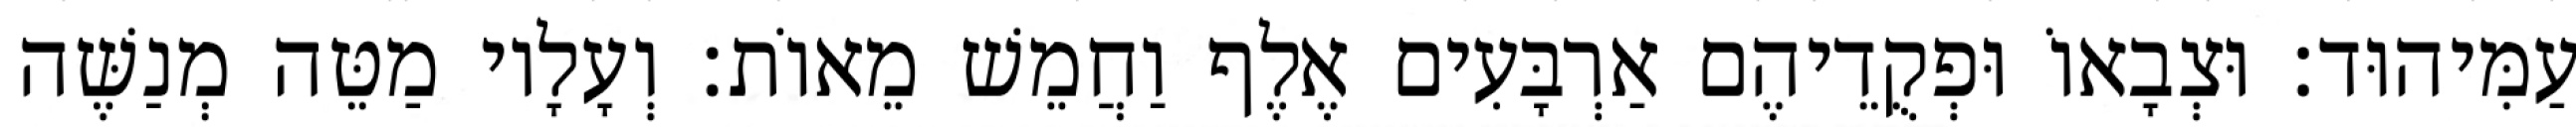
עַמִּיהוּד׃ וּצְבָאוֹ וּפְקֻדֵיהֶם אַרְבָּעִים אֶלֶף וַחֲמֵשׁ מֵאוֹת׃ וְעָלָיו מַטֵּה מְנַשֶּׁה